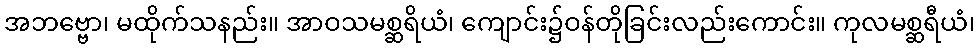
အဘဗ္ဗော၊ မထိုက်သနည်း။ အာဝသမစ္ဆရိယံ၊ ကျောင်း၌ဝန်တိုခြင်းလည်းကောင်း။ ကုလမစ္ဆရီယံ၊